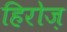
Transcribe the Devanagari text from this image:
हिरोज़